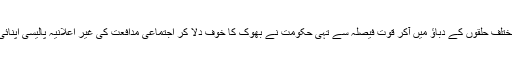
مختلف حلقوں کے دباؤ میں آکر قوت فیصلہ سے تہی حکومت نے بھوک کا خوف دلا کر اجتماعی مدافعت کی غیر اعلانیہ پالیسی اپنائی۔